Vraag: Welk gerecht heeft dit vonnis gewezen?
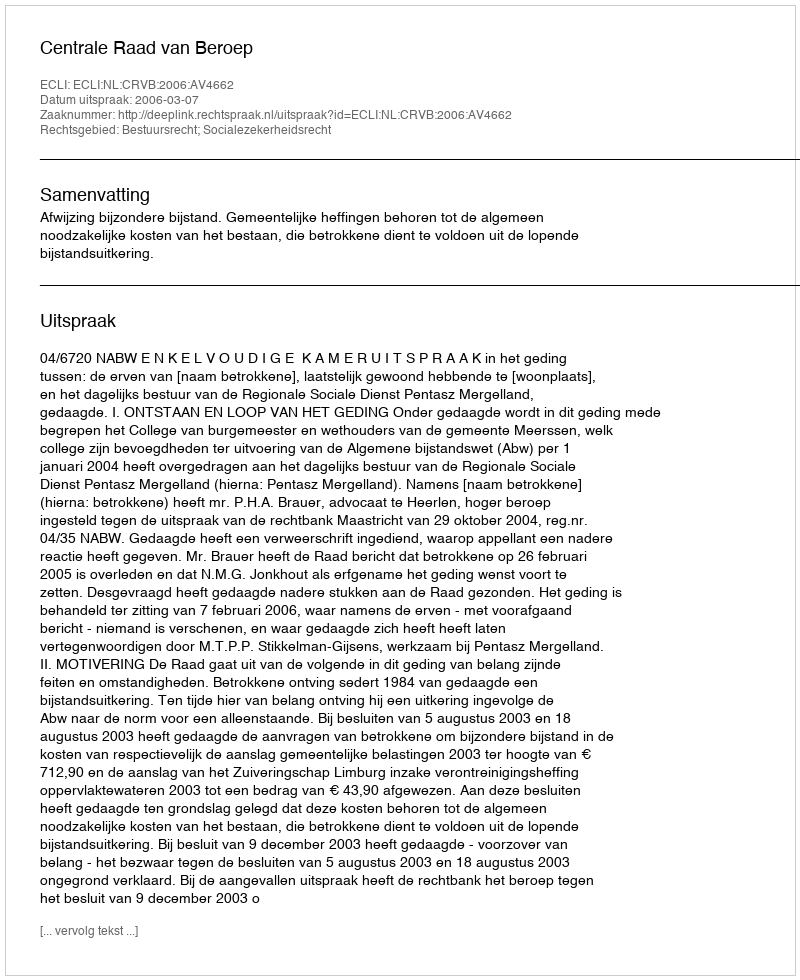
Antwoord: Centrale Raad van Beroep